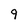
Character: 9